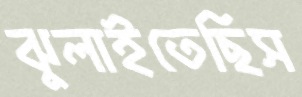
ঝুলাইতেছিস